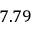
7 . 7 9